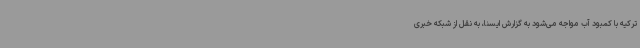
ترکیه با کمبود آب مواجه می‌شود به گزارش ایسنا، به نقل از شبکه خبری